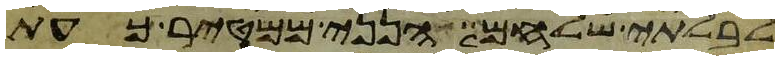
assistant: לבלתי שלחם הנני ממטיר כעת